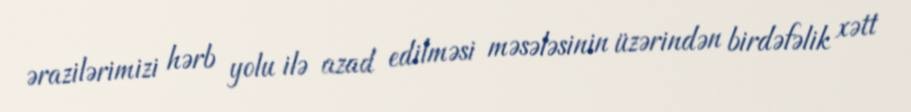
ərazilərimizi hərb yolu ilə azad edilməsi məsələsinin üzərindən birdəfəlik xətt